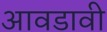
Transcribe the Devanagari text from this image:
आवडावी